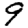
Digit: 9